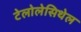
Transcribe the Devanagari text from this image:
टेलोलेसिथेल